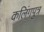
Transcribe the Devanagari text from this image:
कलिंगपुत्र